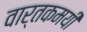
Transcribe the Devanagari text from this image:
वार्तकमयी